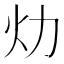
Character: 𱪢